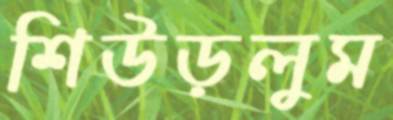
শিউড়লুম